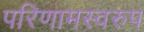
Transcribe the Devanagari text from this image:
परिणामस्‍वरुप